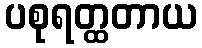
ပစုရတ္ထတာယ